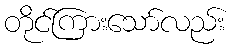
တိုင်ကြားသော်လည်း